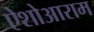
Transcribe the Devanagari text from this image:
ऐशोआराम